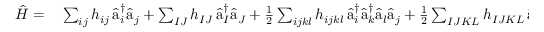
\begin{array} { r l } { \hat { H } = } & { { } \sum _ { i j } h _ { i j } \, \hat { \textmd a } _ { i } ^ { \dagger } \hat { \textmd a } _ { j } + \sum _ { I J } h _ { I J } \, \hat { \textmd a } _ { I } ^ { \dagger } \hat { \textmd a } _ { J } + \frac { 1 } { 2 } \sum _ { i j k l } h _ { i j k l } \, \hat { \textmd a } _ { i } ^ { \dagger } \hat { \textmd a } _ { k } ^ { \dagger } \hat { \textmd a } _ { l } \hat { \textmd a } _ { j } + \frac { 1 } { 2 } \sum _ { I J K L } h _ { I J K L } \, \hat { \textmd a } _ { I } ^ { \dagger } \hat { \textmd a } _ { K } ^ { \dagger } \hat { \textmd a } _ { L } \hat { \textmd a } _ { J } } \end{array}